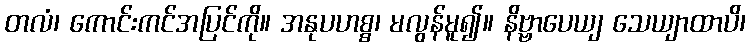
တလံ၊ ကောင်းကင်အပြင်ကို။ အနုပဟစ္စ၊ မလွန်မူ၍။ နိဗ္ဗာပေယျ သေယျာထာပိ၊